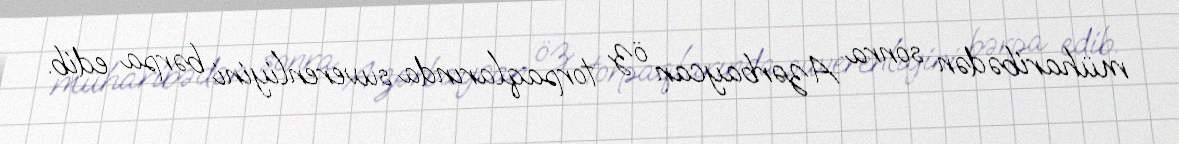
müharibədən sonra Azərbaycan öz torpaqlarında suverenliyini bərpa edib.